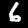
Digit: 6